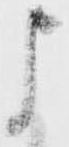
よ